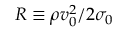
R \equiv \rho v _ { 0 } ^ { 2 } / 2 \sigma _ { 0 }